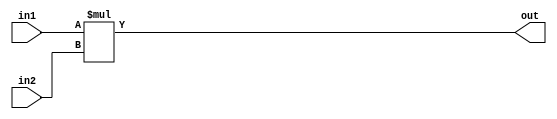
`timescale 1ns / 1ns
//////////////////////////////////////////////////////////////////////////////////
// Company: 
// Engineer: 
// 
// Design Name: 
// Module Name: multi4x4
// Project Name: 
// Target Devices: 
// Tool Versions: 
// Description: 
// 
// Dependencies: 
// 
// Revision:
// Revision 0.01 - File Created
// Additional Comments:
// 
//////////////////////////////////////////////////////////////////////////////////


module multi4x4(

 output reg [7:0] out,
 input [3:0] in1,
 input [3:0] in2
    );

always @ (*)
 out = in1 * in2;


endmodule